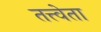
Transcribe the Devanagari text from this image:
तत्त्वेता